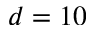
d = 1 0